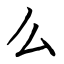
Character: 么